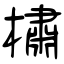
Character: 橚